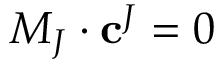
M _ { J } \cdot \mathbf { c } ^ { J } = 0